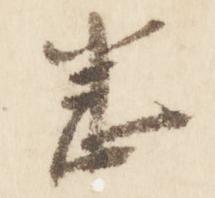
悉